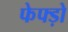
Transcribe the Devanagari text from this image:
फेफ्ड़ो